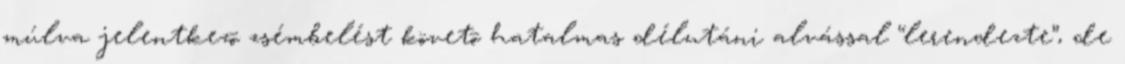
múlva jelentkezõ zsémbelést követõ hatalmas délutáni alvással “lerendezte”, de